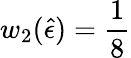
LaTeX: w_{2}(\hat{\epsilon})=\frac{1}{8}